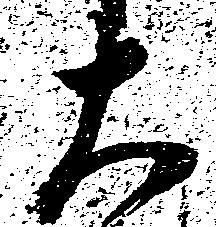
大